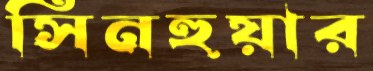
সিনহুয়ার